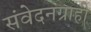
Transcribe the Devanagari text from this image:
संवेदनग्राही